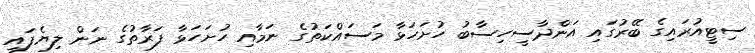
ސިޓީއުރައިގެ ބޭރުގައި އަންދާސީހިސާބު ހުށަހަޅާ މަސައްކަތުގެ ނަމާއި ހުށަހަޅާ ފަރާތުގެ ނަން ލިޔެފައި